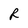
Character: R